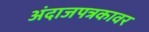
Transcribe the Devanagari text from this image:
अंदाजपत्रकावर